Rangoon Lunatic Asylum 1898-1906 - 1898-1906
Year: 1898
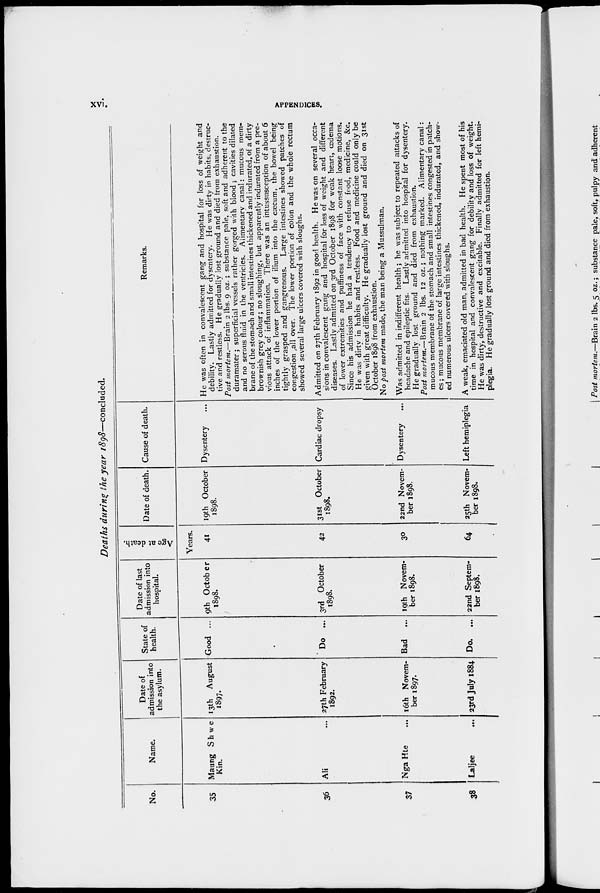
xvi.
APPENDICES.
Deaths during the year 1898—concluded.
No.
35
36
37
38
Name.
Maung Shwe
Kin.
Ali ...
Nga Hte ...
Laljee
...
Date of
admission into
the asylum.
13th August
1897.
27th February
1892.
16th Novem-
ber 1897.
23rd July 1884.
State of
health.
Good ...
Do ...
Bad
...
Do. ...
Date of last
admission into
hospital.
9th October
1898.
3rd October
1898.
19th Novem-
ber 1898.
22nd Septem-
ber 1898.
Age at death.
Years.
41
42
30
64
Date of death.
19th October
1898.
31st October
1898.
22nd Novem-
ber 1898.
25th Novem-
ber 1898.
Cause of death.
Dysentery ...
Cardiac dropsy
Dysentery
...
Left hemiplegia
Remarks.
He was often in convalescent gang and hospital for loss of weight and
debility. Lastly admitted for dysentery. He was dirty in habits, destruc-
tive and restless. He gradually lost ground and died from exhaustion.
Post mortem.—Brain 2 lbs. 9 oz.; substance pale, soft and adherent to the
duramater; superficial vessels rather gorged with blood; cavities dilated
and no serous fluid in the ventricles. Alimentary canal: mucous mem-
brane of the stomach and small intestines thickened and indurated, of a dirty
brownish grey colour; no sloughing, but apparently indurated from a pre-
vious attack of inflammation. There was an intussusception of about 6
inches of the lower portion of ilium into the cæcum, the bowel being
tightly grasped and gangrenous. Large intestines showed patches of
congestion all over. The lower portion of colon and the whole rectum
showed several large ulcers covered with sloughs.
Admitted on 27th February 1892 in good health. He was on several occa-
sions in convalescent gang and hospital for loss of weight and different
diseases. Lastly admitted on 3rd October 1898 for weak heart, œdema
of lower extremities and puffiness of face with constant loose motions.
Since his admission he had a tendency to refuse food, medicine, &c.
He was dirty in habits and restless. Food and medicine could only be
given with great difficulty. He gradually lost ground and died on 31st
October 1898 from exhaustion.
No post mortem made, the man being a Mussulman.
Was admitted in indifferent health; he was subject to repeated attacks of
headache and epileptic fits. Lastly admitted into hospital for dysentery.
He gradually lost ground and died from exhaustion.
Post mortem.—Brain 2 lbs. 12 oz.; nothing marked. Alimentary canal:
mucous membrane of the stomach and small intestines congested in patch-
es; mucous membrane of large intestines thickened, indurated, and show-
ed numerous ulcers covered with sloughs.
A weak, emaciated old man, admitted in bad health. He spent most of his
time in hospital and convalescent gang for debility and loss of weight.
He was dirty, destructive and excitable. Finally admitted for left hemi-
plegia. He gradually lost ground and died from exhaustion.